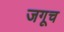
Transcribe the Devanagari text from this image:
जगूच